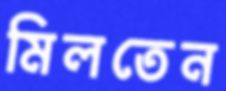
মিলতেন